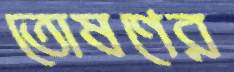
তোষণের